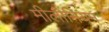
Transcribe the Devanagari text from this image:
मीलींनियम